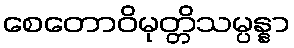
စေတောဝိမုတ္တိသမ္ပန္နာ